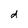
Character: d